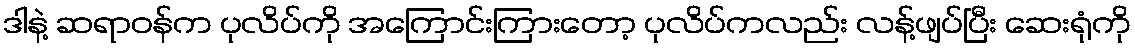
ဒါနဲ့ ဆရာဝန်က ပုလိပ်ကို အကြောင်းကြားတော့ ပုလိပ်ကလည်း လန့်ဖျပ်ပြီး ဆေးရုံကို